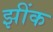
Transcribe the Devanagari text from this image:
झींक